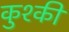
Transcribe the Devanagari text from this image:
कुश्की